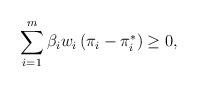
LaTeX: \begin{align*}\sum_{i=1}^{m} \beta_{i} w_{i} \left(\pi_{i} - \pi^{\ast}_{i} \right) \geq 0, \end{align*}